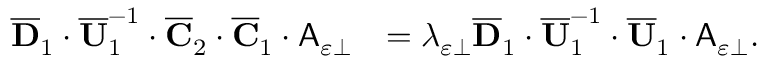
\begin{array} { r l } { \overline { { \mathbf { D } } } _ { 1 } \cdot \overline { { \mathbf { U } } } _ { 1 } ^ { - 1 } \cdot \overline { { \mathbf { C } } } _ { 2 } \cdot \overline { { \mathbf { C } } } _ { 1 } \cdot \mathsf { A } _ { \varepsilon \perp } } & { = \lambda _ { \varepsilon \perp } \overline { { \mathbf { D } } } _ { 1 } \cdot \overline { { \mathbf { U } } } _ { 1 } ^ { - 1 } \cdot \overline { { \mathbf { U } } } _ { 1 } \cdot \mathsf { A } _ { \varepsilon \perp } . } \end{array}